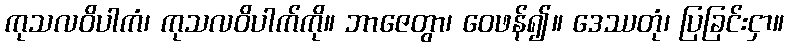
ကုသလဝိပါကံ၊ ကုသလဝိပါက်ကို။ ဘာဇေတွာ၊ ဝေဖန်၍။ ဒေဿတုံ၊ ပြခြင်းငှာ။